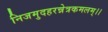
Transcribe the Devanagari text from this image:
निजमुदहरन्नेत्रकमलम्।।